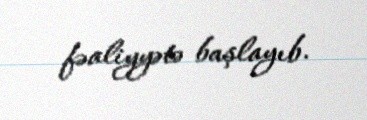
fəaliyyətə başlayıb.